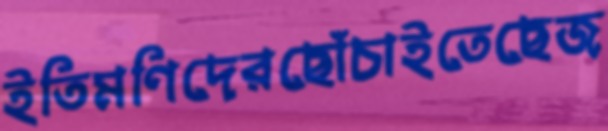
ইতিমণিদেরছোঁচাইতেছেজ